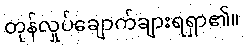
တုန်လှုပ်ချောက်ချားရရှာ၏။